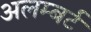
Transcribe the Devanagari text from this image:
अलम्बर्ट